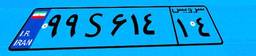
۱۹S۶۲۴۱۴